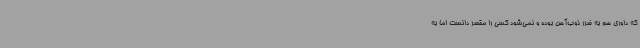
که داوری هم به ضرر ذوب‌آهن بوده و نمی‌شود کسی را مقصر دانست اما به